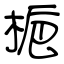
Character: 梔